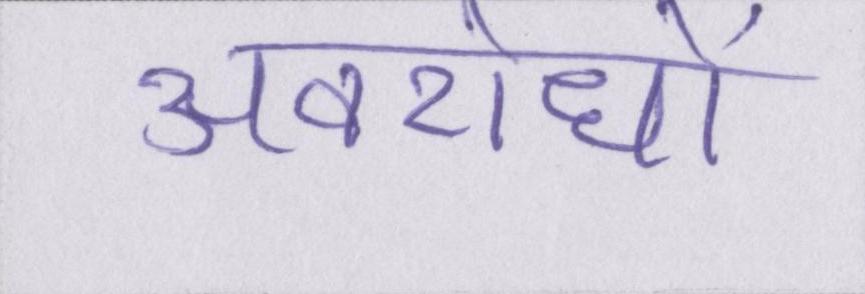
अवरोधों